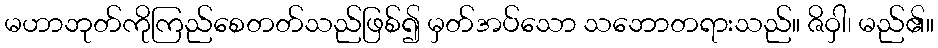
မဟာဘုတ်ကိုကြည်စေတတ်သည်ဖြစ်၍ မှတ်အပ်သော သဘောတရားသည်။ ဇိဝှါ၊ မည်၏။